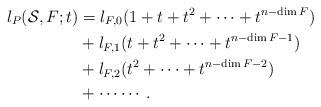
LaTeX: \begin{align*}l_{P}(\mathcal{S},F;t)&=l_{F,0}(1+t+t^2+ \cdots+t^{n-\dim{F}})\\&+l_{F,1}(t+t^2+ \cdots +t^{n-\dim{F}-1})\\&+l_{F,2}(t^2+ \cdots +t^{n-\dim{F}-2})\\&+ \cdots \cdots.\end{align*}